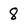
Character: 8